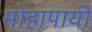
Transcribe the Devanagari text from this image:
मोहापायी